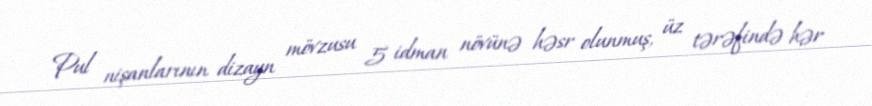
Pul nişanlarının dizayn mövzusu 5 idman növünə həsr olunmuş, üz tərəfində hər